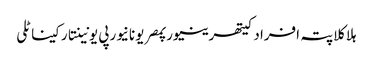
ہلاکلاپتہ افرادکیتھرینیورپمصریونانیورپی یونینتارکیناٹلی